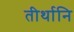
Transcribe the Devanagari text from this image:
तीर्थानि